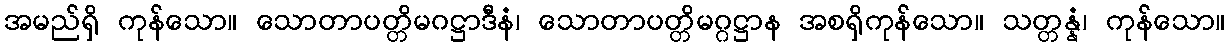
အမည်ရှိ ကုန်သော။ သောတာပတ္တိမဂဋ္ဌာဒီနံ၊ သောတာပတ္တိမဂ္ဂဋ္ဌာန အစရှိကုန်သော။ သတ္တန္နံ၊ ကုန်သော။